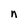
Character: n